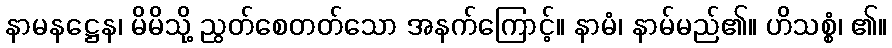
နာမနဋ္ဌေန၊ မိမိသို့ ညွတ်စေတတ်သော အနက်ကြောင့်။ နာမံ၊ နာမ်မည်၏။ ဟိသစ္စံ၊ ၏။